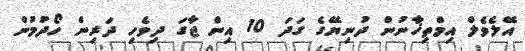
އޭލެވެލް އިމްތިޚާނުން ދުނިޔޭގެ ގަދަ 10 އިން ޖާގަ ދިވެހި ދަރިން ހޯދުމުން